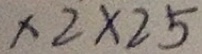
\times 2 \times 2 5